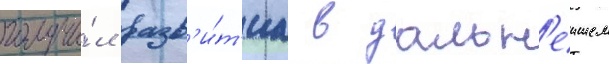
получи́л разв'и́т'иа в дальн'еишем